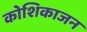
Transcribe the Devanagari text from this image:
कोशिकाजन